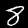
Label: 8